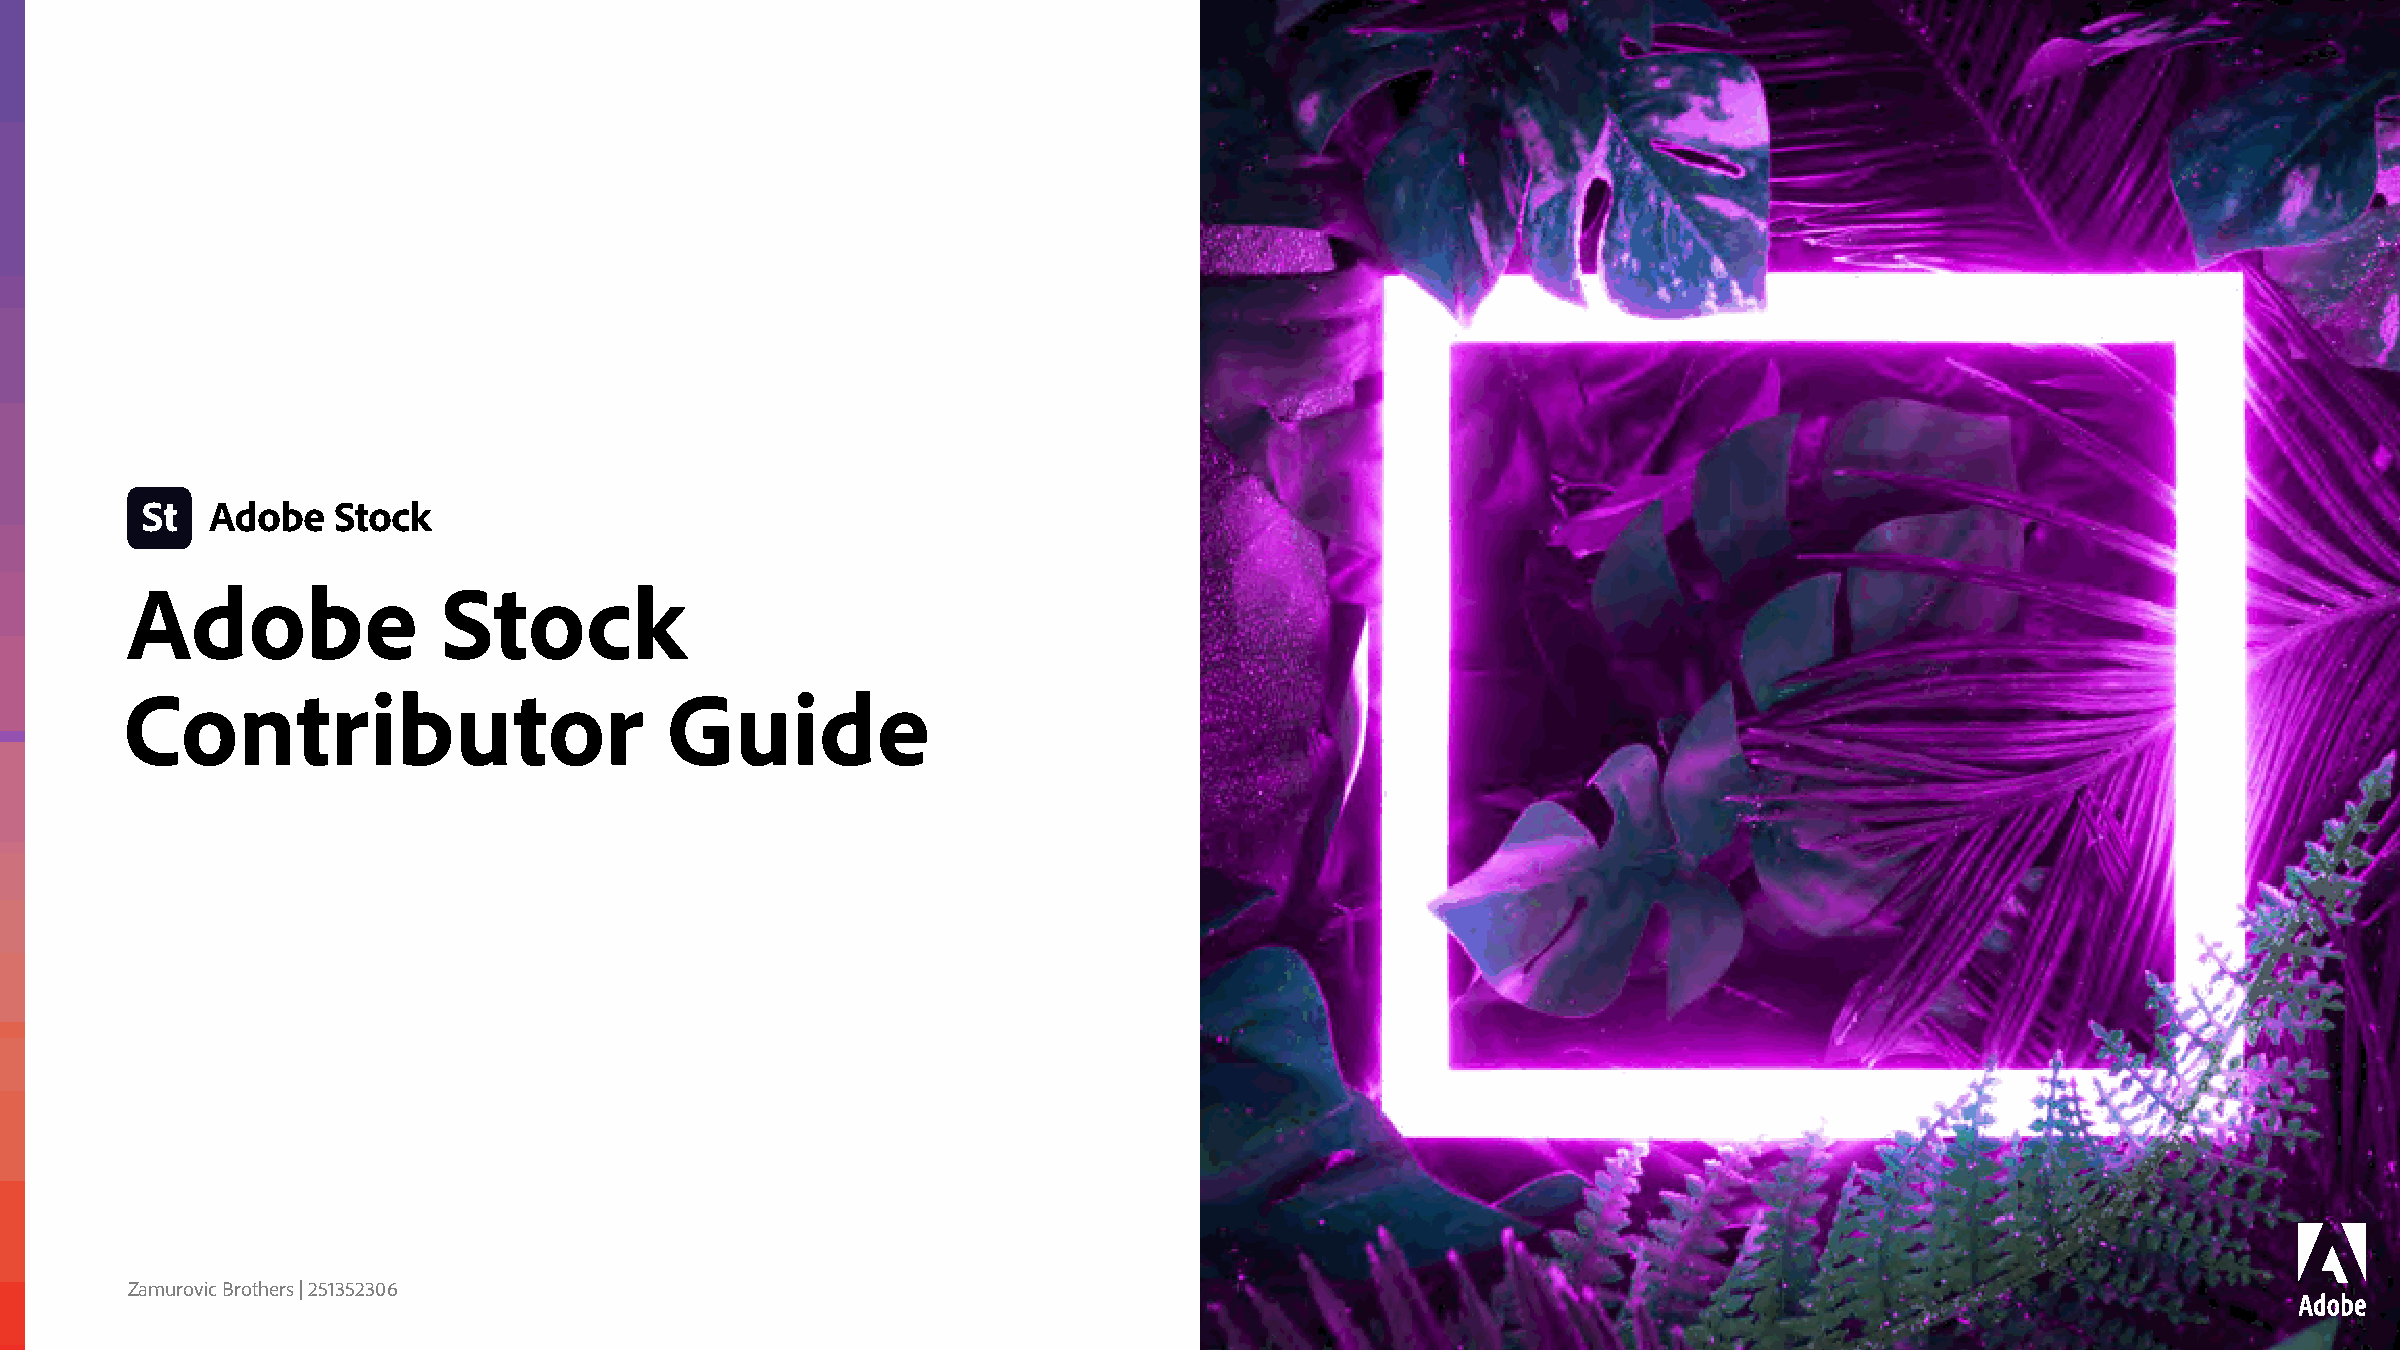
Adobe                Stock
 Contributor                         Guide
 Zamurovic Brothers | 251352306